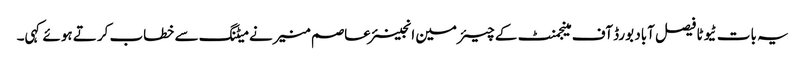
یہ بات ٹیوٹا فیصل آباد بورڈ آف مینجمنٹ کے چیئرمین انجینئر عاصم منیر نے میٹنگ سے خطاب کرتے ہوئے کہی۔